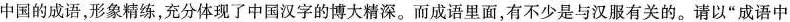
中国的成语，形象精练，充分体现了中国汉字的博大精深。而成语里面，有不少是与汉服有关的。请以”成语中